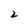
Character: 2